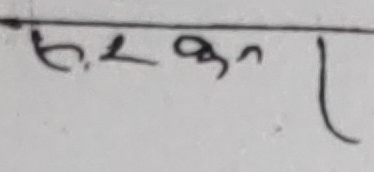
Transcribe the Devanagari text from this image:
संरकन।